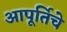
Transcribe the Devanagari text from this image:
आपूर्तिचे